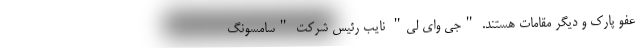
عفو پارک و دیگر مقامات هستند. "جی وای لی" نایب رئیس شرکت "سامسونگ